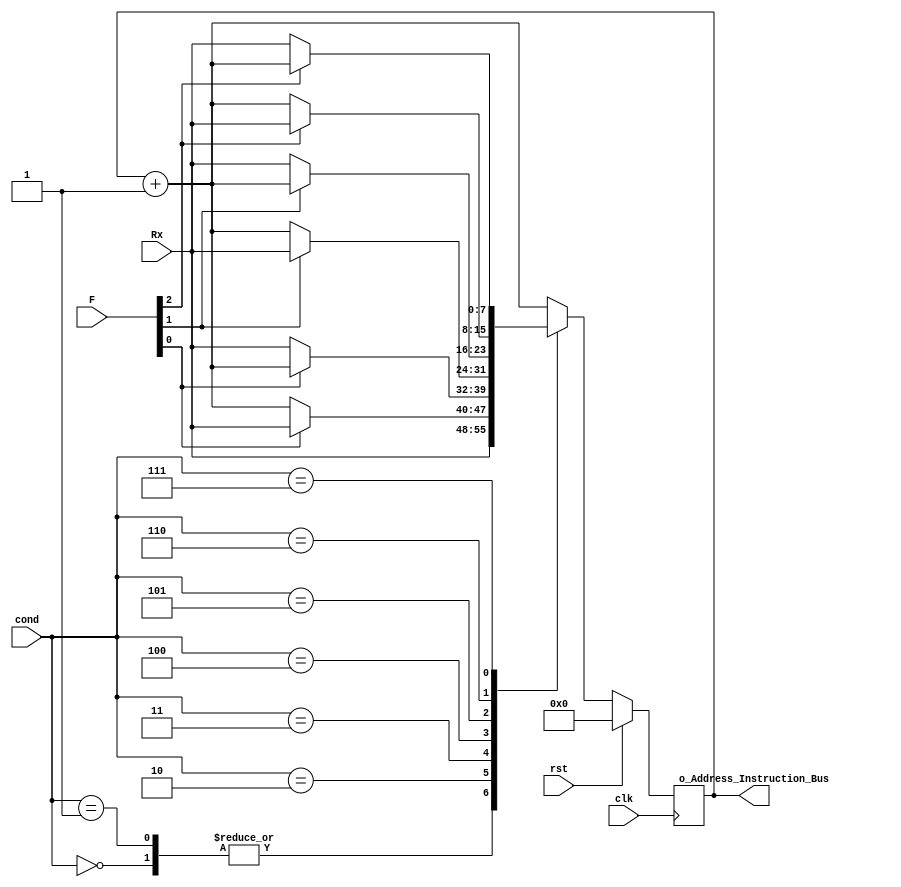
`timescale 1ns / 1ps
//////////////////////////////////////////////////////////////////////////////////
// Company: 
// Engineer: 
// 
// Design Name: 
// Module Name:    UCJ 
// Project Name: 
// Target Devices: 
// Tool versions: 
// Description: 
//
// Dependencies: 
//
// Revision: 
// Revision 0.01 - File Created
// Additional Comments: 
//
//////////////////////////////////////////////////////////////////////////////////
module UCJ(
    input [3:0]cond,
    input clk,
    input rst,
    input [7:0]Rx,
    input [2:0]F,
	 output reg [7:0] o_Address_Instruction_Bus
    );
    always@(posedge clk)
	 begin
	  if(rst)
			o_Address_Instruction_Bus <=0;
        else
            case(cond)
                0: o_Address_Instruction_Bus <= Rx;
                1: o_Address_Instruction_Bus <= Rx;
                
                2:
                begin 
                    if(F[0])
                    o_Address_Instruction_Bus <= Rx;
                        else
                     o_Address_Instruction_Bus = o_Address_Instruction_Bus+1;
                    end
                3:
                begin 
                    if(~F[0])
                    o_Address_Instruction_Bus <= Rx;
                        else
                     o_Address_Instruction_Bus = o_Address_Instruction_Bus+1;
                    end
                4:
                begin 
                    if(F[1])
                    o_Address_Instruction_Bus <= Rx;
                        else
                     o_Address_Instruction_Bus = o_Address_Instruction_Bus+1;
                       end	
                5:
                begin 
                    if(~F[1])
                    o_Address_Instruction_Bus <= Rx;
                        else
                     o_Address_Instruction_Bus = o_Address_Instruction_Bus+1;
                       end	
                6:
                begin 
                    if(F[2])
                    o_Address_Instruction_Bus <= Rx;
                        else
                     o_Address_Instruction_Bus = o_Address_Instruction_Bus+1;
                       end				
                7:
                begin 
                    if(~F[2])
                    o_Address_Instruction_Bus <= Rx;
                        else
                     o_Address_Instruction_Bus = o_Address_Instruction_Bus+1;
                       end				
                default: o_Address_Instruction_Bus<=o_Address_Instruction_Bus+1;
                endcase
        end				 
endmodule